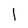
Character: l